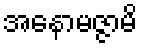
အနောမဇ္ဇာမိ